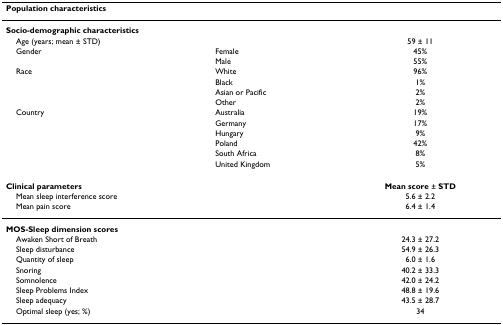
<table><thead><tr><td colspan="3"><b>Population characteristics</b></td></tr></thead><tbody><tr><td colspan="3"><b>Socio-demographic characteristics</b></td></tr><tr><td> Age (years; mean ± STD)</td><td></td><td>59 ± 11</td></tr><tr><td> Gender</td><td>Female</td><td>45%</td></tr><tr><td></td><td>Male</td><td>55%</td></tr><tr><td> Race</td><td>White</td><td>96%</td></tr><tr><td></td><td>Black</td><td>1%</td></tr><tr><td></td><td>Asian or Pacific</td><td>2%</td></tr><tr><td></td><td>Other</td><td>2%</td></tr><tr><td> Country</td><td>Australia</td><td>19%</td></tr><tr><td></td><td>Germany</td><td>17%</td></tr><tr><td></td><td>Hungary</td><td>9%</td></tr><tr><td></td><td>Poland</td><td>42%</td></tr><tr><td></td><td>South Africa</td><td>8%</td></tr><tr><td></td><td>United Kingdom</td><td>5%</td></tr><tr><td colspan="2"><b>Clinical parameters</b></td><td><b>Mean score </b>± <b>STD</b></td></tr><tr><td colspan="2"> Mean sleep interference score</td><td>5.6 ± 2.2</td></tr><tr><td colspan="2"> Mean pain score</td><td>6.4 ± 1.4</td></tr><tr><td colspan="2"><b>MOS-Sleep dimension scores</b></td><td></td></tr><tr><td colspan="2"> Awaken Short of Breath</td><td>24.3 ± 27.2</td></tr><tr><td colspan="2"> Sleep disturbance</td><td>54.9 ± 26.3</td></tr><tr><td colspan="2"> Quantity of sleep</td><td>6.0 ± 1.6</td></tr><tr><td colspan="2"> Snoring</td><td>40.2 ± 33.3</td></tr><tr><td colspan="2"> Somnolence</td><td>42.0 ± 24.2</td></tr><tr><td colspan="2"> Sleep Problems Index</td><td>48.8 ± 19.6</td></tr><tr><td colspan="2"> Sleep adequacy</td><td>43.5 ± 28.7</td></tr><tr><td colspan="2"> Optimal sleep (yes; %)</td><td>34</td></tr></tbody></table>